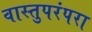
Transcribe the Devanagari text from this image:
वास्तुपरंपरा